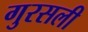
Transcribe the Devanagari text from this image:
गुरसली